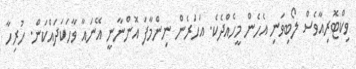
ވިކްޓޮރިއާވެސް ލޯބިވަނި އެހެން މީހެއްދެކެ. އަހަރެން ނިންމާފަ އޮންނާނީ އޭނައާ ވާހަކަދައްކަން. ހުރިހާ